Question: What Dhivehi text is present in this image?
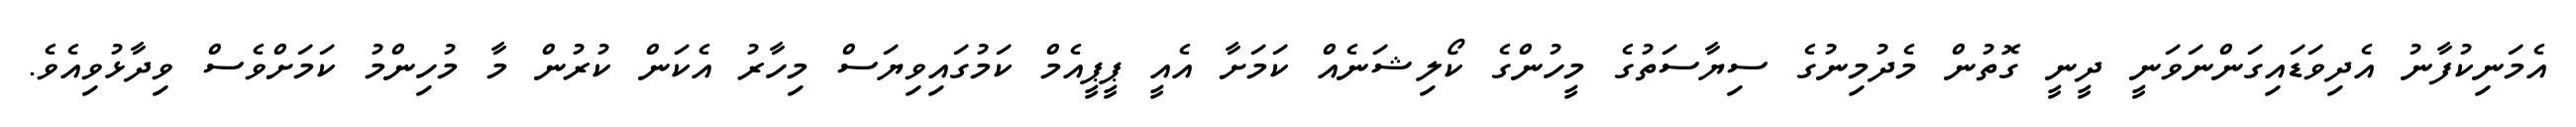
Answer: އެމަނިކުފާނު އެދިވަޑައިގަންނަވަނީ ދީނީ ގޮތުން މެދުމިނުގެ ސިޔާސަތުގެ މީހުންގެ ކޯލިޝަނެއް ކަމަށާ އެއީ ޕީޕީއެމް ކަމުގައިވިޔަސް މިހާރު އެކަން ކުރުން މާ މުހިންމު ކަމަށްވެސް ވިދާޅުވިއެވެ.